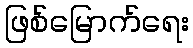
ဖြစ်မြောက်ရေး